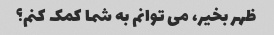
ظهر بخیر، می توانم به شما کمک کنم؟